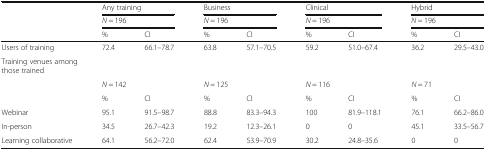
<table><thead><tr><td rowspan="3"></td><td colspan="2"><b>Any training</b></td><td colspan="2"><b>Business</b></td><td colspan="2"><b>Clinical</b></td><td colspan="2"><b>Hybrid</b></td></tr><tr><td colspan="2"><b><i>N</i> = 196</b></td><td colspan="2"><b><i>N</i> = 196</b></td><td colspan="2"><b><i>N</i> = 196</b></td><td colspan="2"><b><i>N</i> = 196</b></td></tr><tr><td><b>%</b></td><td><b>CI</b></td><td><b>%</b></td><td><b>CI</b></td><td><b>%</b></td><td><b>CI</b></td><td><b>%</b></td><td><b>CI</b></td></tr></thead><tbody><tr><td>Users of training</td><td>72.4</td><td>66.1–78.7</td><td>63.8</td><td>57.1–70.5</td><td>59.2</td><td>51.0–67.4</td><td>36.2</td><td>29.5–43.0</td></tr><tr><td colspan="9">Training venues among those trained</td></tr><tr><td></td><td colspan="2"><i>N</i> = 142</td><td colspan="2"><i>N</i> = 125</td><td colspan="2"><i>N</i> = 116</td><td colspan="2"><i>N</i> = 71</td></tr><tr><td></td><td>%</td><td>CI</td><td>%</td><td>CI</td><td>%</td><td>CI</td><td>%</td><td>CI</td></tr><tr><td>Webinar</td><td>95.1</td><td>91.5–98.7</td><td>88.8</td><td>83.3–94.3</td><td>100</td><td>81.9–118.1</td><td>76.1</td><td>66.2–86.0</td></tr><tr><td>In-person</td><td>34.5</td><td>26.7–42.3</td><td>19.2</td><td>12.3–26.1</td><td>0</td><td>0</td><td>45.1</td><td>33.5–56.7</td></tr><tr><td>Learning collaborative</td><td>64.1</td><td>56.2–72.0</td><td>62.4</td><td>53.9–70.9</td><td>30.2</td><td>24.8–35.6</td><td>0</td><td>0</td></tr></tbody></table>